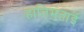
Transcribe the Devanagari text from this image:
हातिमताई